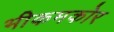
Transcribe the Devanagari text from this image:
भीकमकोर